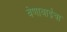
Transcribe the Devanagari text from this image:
वेणाबाईंचा